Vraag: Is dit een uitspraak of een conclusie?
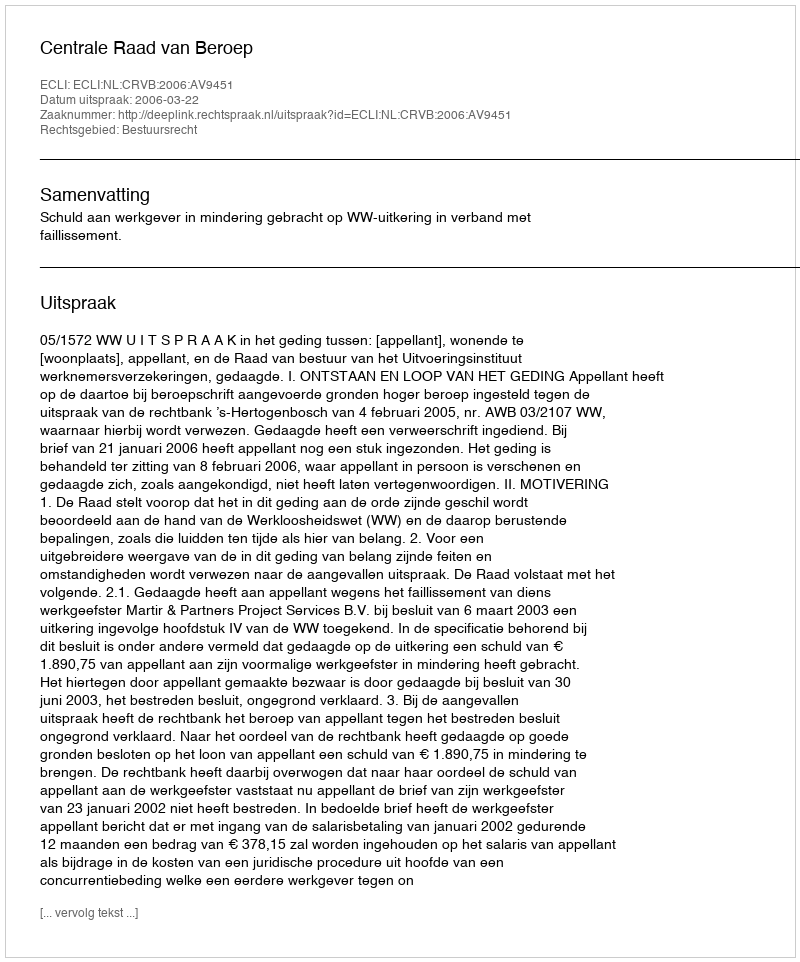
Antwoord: Uitspraak